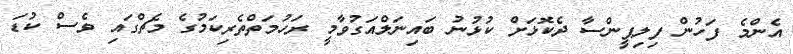
އެންމެ ފަހުން ފިލިޕީންސާ ދެކޮޅަށް ކުޅުނު ބައިނަލްއަގުވާމީ ރަހުމަތްތެރިކަމުގެ މެޗްގައި ވެސް ކުޑަ